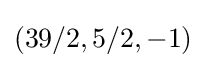
(39/2,5/2,-1)